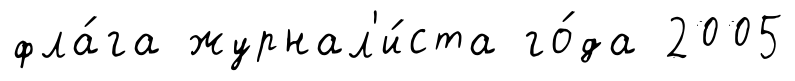
фла́га журнал'и́ста го́да 2005